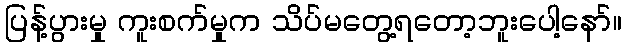
ပြန့်ပွားမှု ကူးစက်မှုက သိပ်မတွေ့ရတော့ဘူးပေါ့နော်။